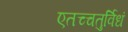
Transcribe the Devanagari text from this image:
एतच्चतुर्विधं